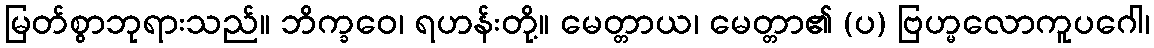
မြတ်စွာဘုရားသည်။ ဘိက္ခဝေ၊ ရဟန်းတို့။ မေတ္တာယ၊ မေတ္တာ၏ (ပ) ဗြဟ္မလောကူပဂေါ၊